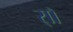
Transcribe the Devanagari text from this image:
र्‍ाॉ